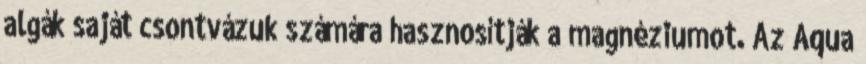
algák saját csontvázuk számára hasznosítják a magnéziumot. Az Aqua